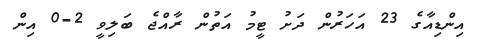
އިންޑިއާގެ 23 އަހަރުން ދަށު ޓީމު އަތުން ރާއްޖެ ބަލިވީ 2-0 އިން